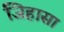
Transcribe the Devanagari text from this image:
जिहासा